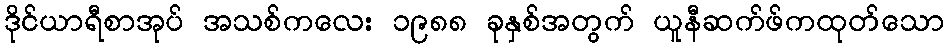
ဒိုင်ယာရီစာအုပ် အသစ်ကလေး ၁၉၈၈ ခုနှစ်အတွက် ယူနီဆက်ဖ်ကထုတ်သော